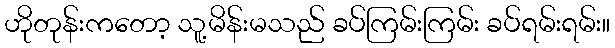
ဟိုတုန်းကတော့ သူ့မိန်းမသည် ခပ်ကြမ်းကြမ်း ခပ်ရမ်းရမ်း။